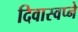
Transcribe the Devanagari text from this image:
दिवास्वप्ने